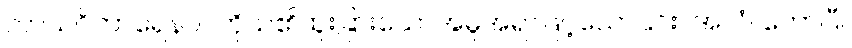
ကာယဝိကာရေနဝါ၊ ကိုယ်၏ထူးခြားသောအမူအရာဖြင့်သော်၎င်း။ အလံ၊ တော်ပြီ။